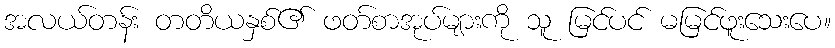
အလယ်တန်း တတိယနှစ်၏ ဖတ်စာအုပ်များကို သူ မြင်ပင် မမြင်ဖူးသေးပေ။